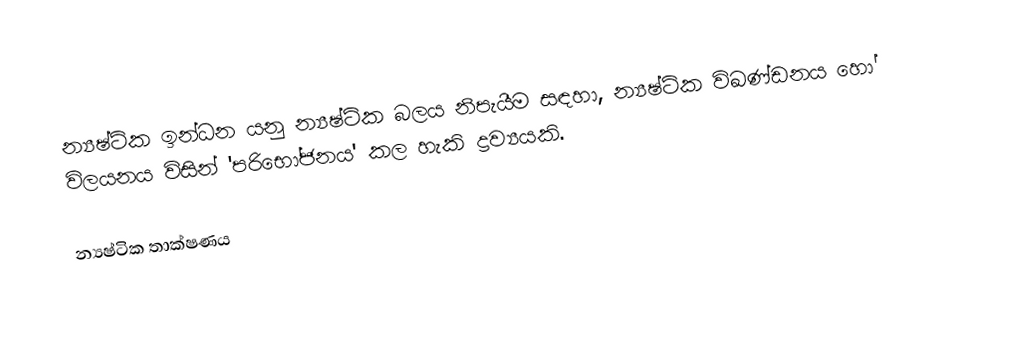
න්‍යෂ්ටික ඉන්ධන යනු න්‍යෂ්ටික බලය නිපැයීම සඳහා,  න්‍යෂ්ටික විඛණ්ඩනය හෝ විලයනය  විසින්  'පරිභෝජනය' කල හැකි ද්‍රව්‍යයකි.

න්‍යෂ්ටික තාක්ෂණය